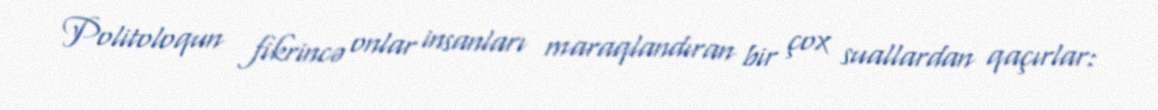
Politoloqun fikrincə onlar insanları maraqlandıran bir çox suallardan qaçırlar: